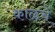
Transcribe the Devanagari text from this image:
काळचें